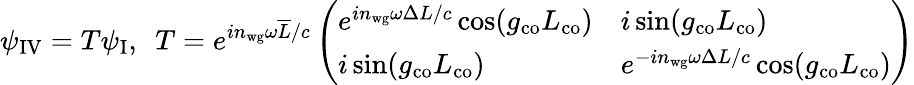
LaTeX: \psi_{\mathrm{IV}}=T\psi_{\mathrm{I}},\ \ T=e^{in_{\mathrm{wg}}\omega\overline{{L}}/c}\left(\begin{array}{ll}{e^{in_{\mathrm{wg}}\omega\Delta L/c}\cos(g_{\mathrm{co}}L_{\mathrm{co}})}&{i\sin(g_{\mathrm{co}}L_{\mathrm{co}})}\\ {i\sin(g_{\mathrm{co}}L_{\mathrm{co}})}&{e^{-in_{\mathrm{wg}}\omega\Delta L/c}\cos(g_{\mathrm{co}}L_{\mathrm{co}})}\end{array}\right)